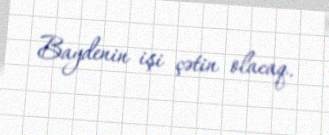
Baydenin işi çətin olacaq.